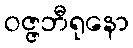
ဝဇ္ဇဘီရုနော